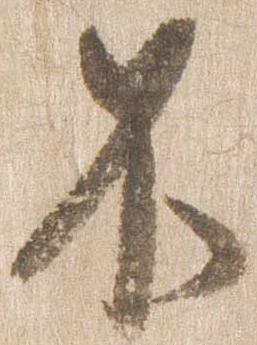
不